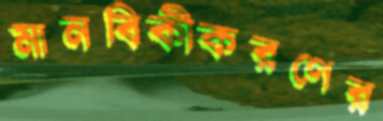
মানবিকীকরণের